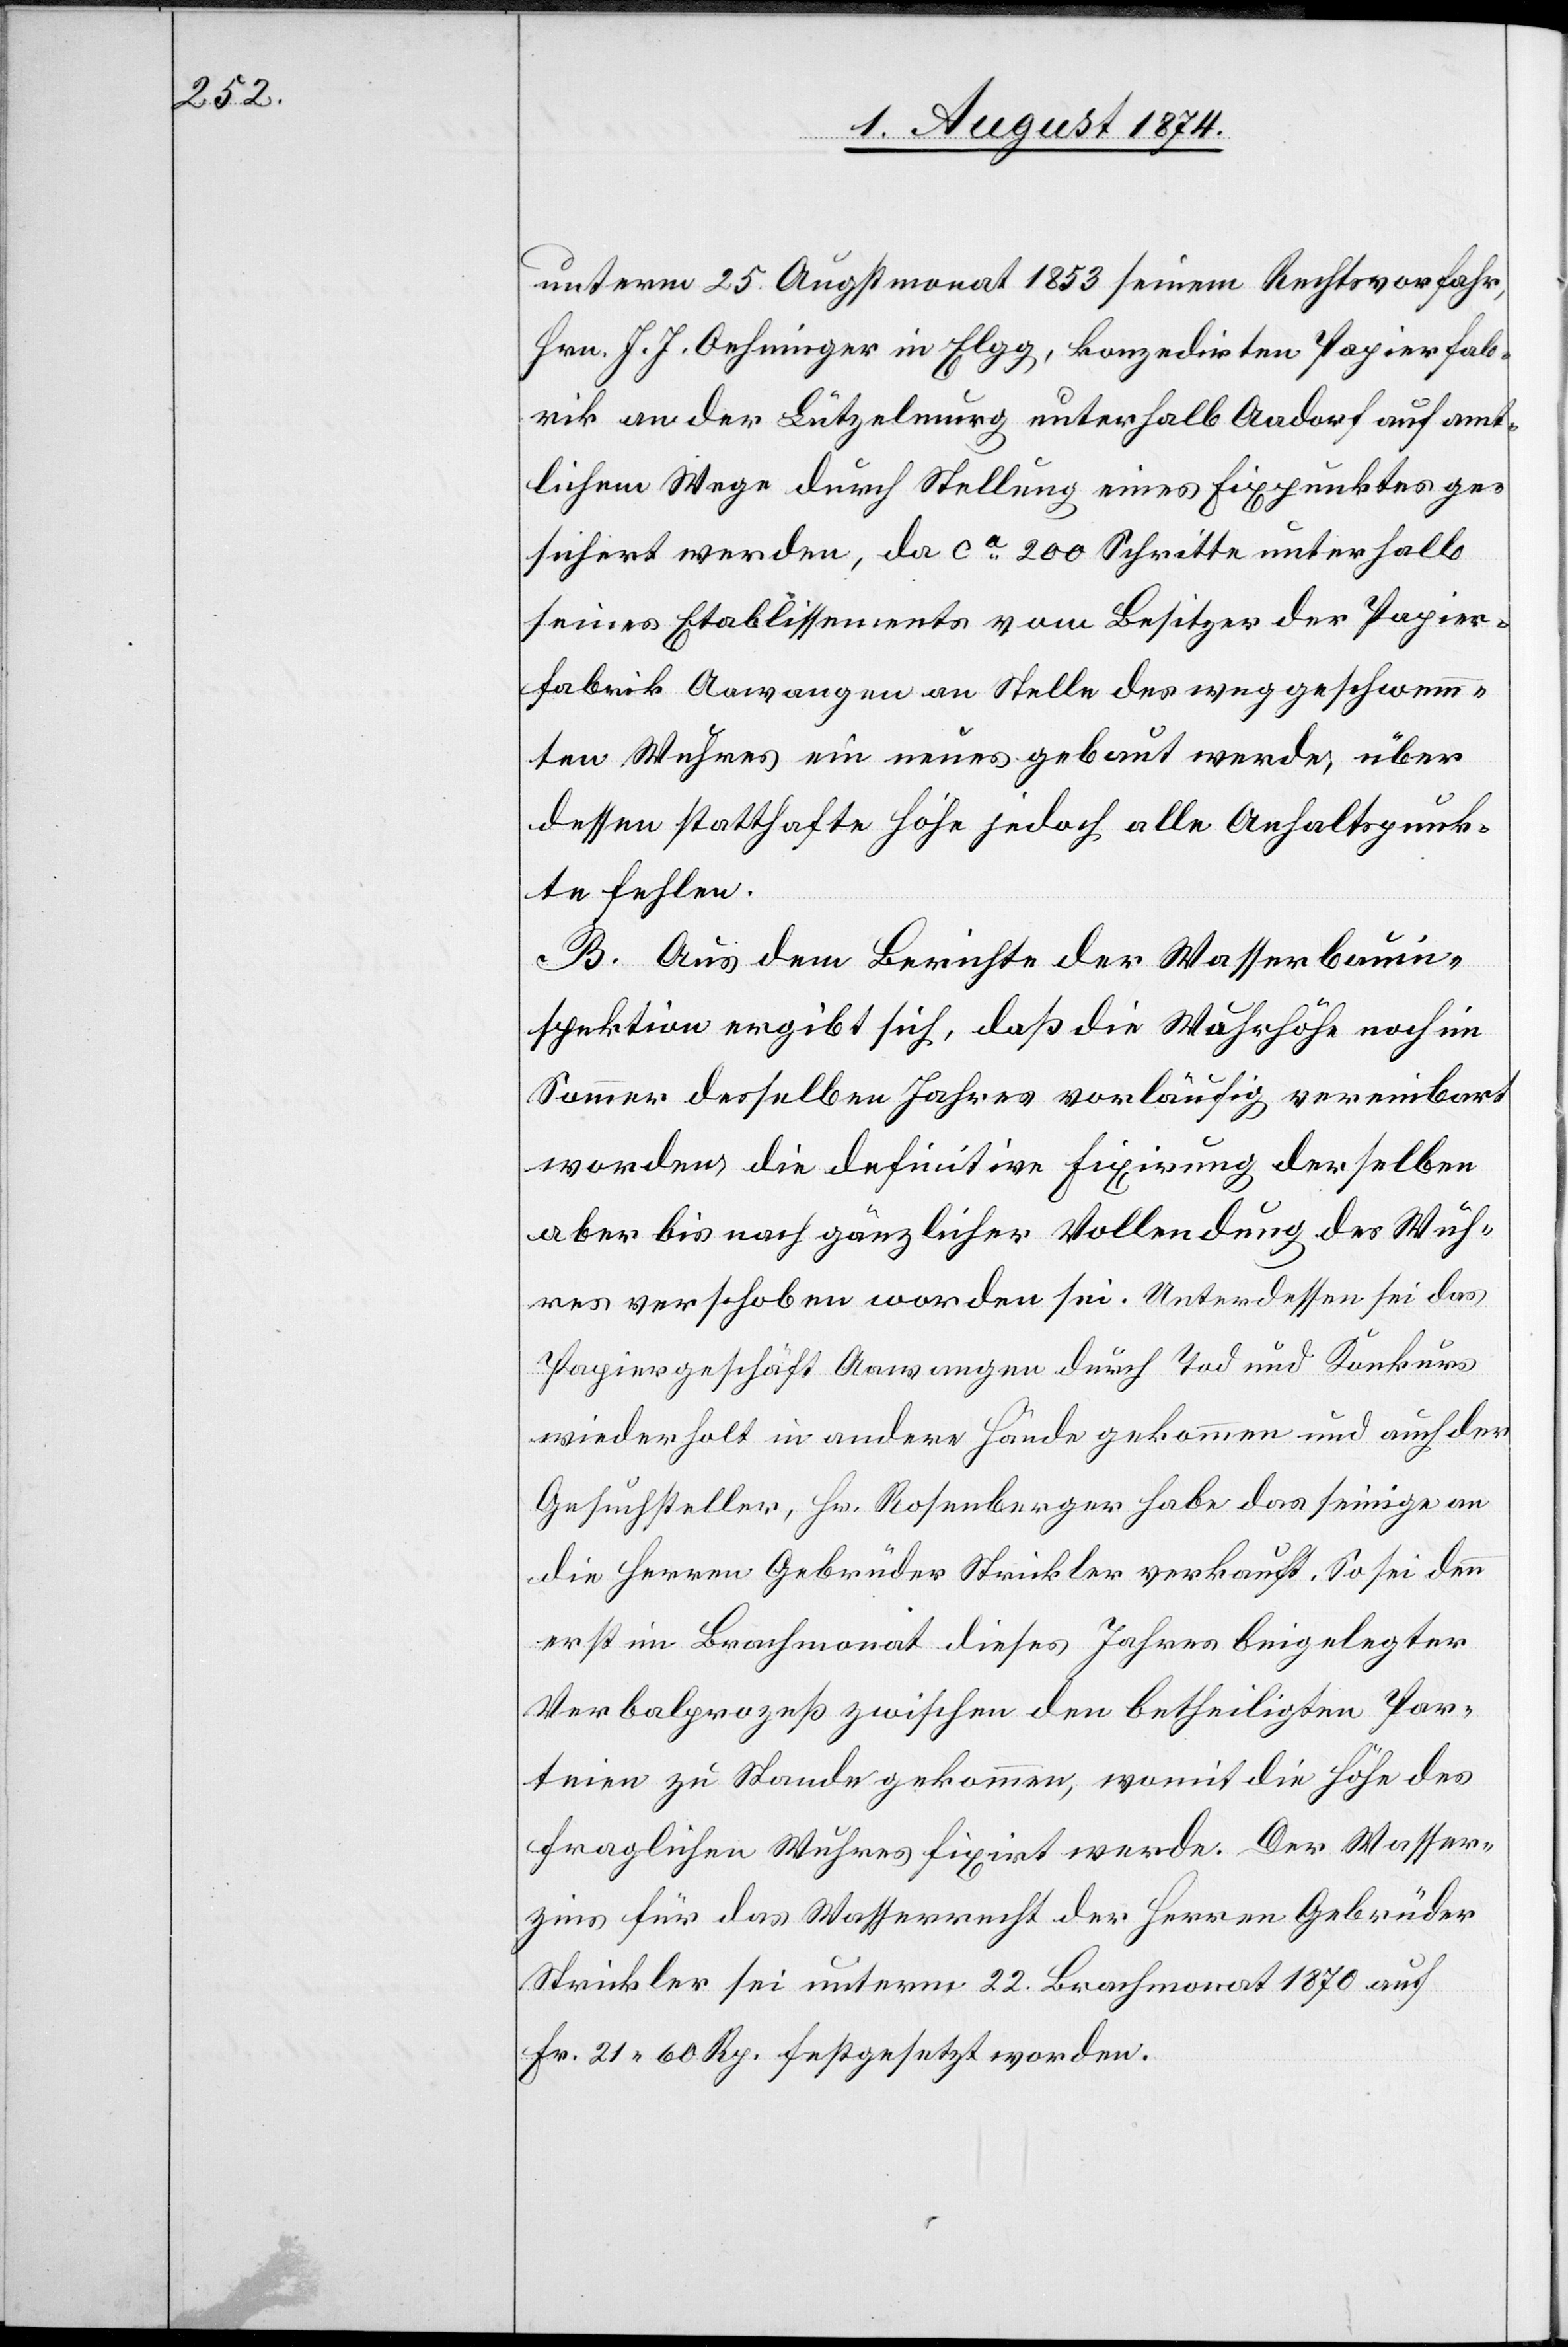
unterm 25. Augstmonat 1853 seinem Rechtsvorfahr,
Hrn. J. J. Oehninger in Elgg, konzedirten Papierfab¬
rik an der Lützelmurg unterhalb Aadorf auf amt¬
lichem Wege durch Stellung eines Fixpunktes ge¬
sichert werden, da ca 200 Schritte unterhalb
seines Etablissements vom Besitzer der Papier¬
fabrik Aawangen an Stelle des weggeschwemm¬
ten Wuhres ein neues gebaut werde, über
dessen statthafte Höhe jedoch alle Anhaltspunk¬
te fehlen.
B. Aus dem Berichte der Wasserbauin¬
spektion ergibt sich, daß die Wuhrhöhe noch im
Sommer desselben Jahres vorläufig vereinbart
worden die definitive Fixirung derselben
aber bis nach gänzlicher Vollendung des Wuh¬
res verschoben worden sei. Unterdessen sei das
Papiergeschäft Aawangen durch Tod und Konkurs
wiederholt in andere Hände gekommen und auch der
Gesuchsteller, Hr. Rosenberger habe das seinige an
die Herren Gebrüder Strickler verkauft. So sei denn
erst im Brachmonat dieses Jahres beigelegter
Verbalprozeß zwischen den betheiligten Par¬
teien zu Stande gekommen, womit die Höhe des
fraglichen Wuhres fixirt werde. Der Wasser¬
zins für das Wasserrecht der Herren Gebrüder
Strickler sei unterm 22. Bachmonat 1870 auf
Fr. 21.60 Rp. festgesetzt worden.